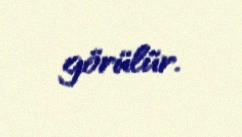
görülür.